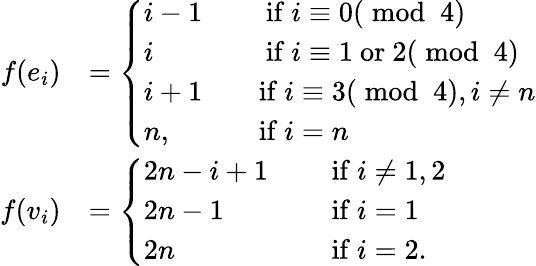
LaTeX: \begin{array}{rl}{f(e_{i})}&{=\left\{ \begin{array}{ll}{i-1\quad}&{\mathrm{~if~}i\equiv 0(\bmod~4)}\\ {i\quad}&{\mathrm{~if~}i\equiv 1\mathrm{~or~}2(\bmod~4)}\\ {i+1\quad}&{\mathrm{if~}i\equiv 3(\bmod~4),i\ne n}\\ {n,\quad}&{\mathrm{if~}i=n}\end{array}\right.}\\ {f(v_{i})}&{=\left\{ \begin{array}{ll}{2n-i+1\quad}&{\mathrm{~if~}i\ne 1,2}\\ {2n-1\quad}&{\mathrm{~if~}i=1}\\ {2n\quad}&{\mathrm{~if~}i=2.}\end{array}\right.}\end{array}